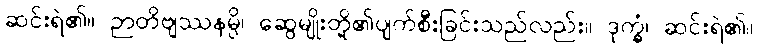
ဆင်းရဲ၏။ ဉာတိဗျဿနမ္ပိ၊ ဆွေမျိုးတို့၏ပျက်စီးခြင်းသည်လည်း။ ဒုက္ခံ၊ ဆင်းရဲ၏။